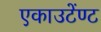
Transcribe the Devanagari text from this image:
एकाउटेंण्ट